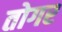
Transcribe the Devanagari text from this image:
तोगर